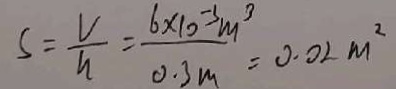
S = \frac { V } { h } = \frac { 6 \times 1 0 ^ { - 3 } m ^ { 3 } } { 0 . 3 m } = 0 . 0 2 m ^ { 2 }